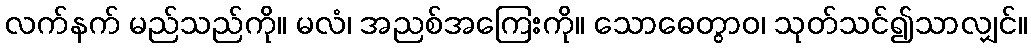
လက်နက် မည်သည်ကို။ မလံ၊ အညစ်အကြေးကို။ သောဓေတွာဝ၊ သုတ်သင်၍သာလျှင်။